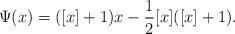
LaTeX: \begin{align*}\Psi (x)=([x]+1)x-\frac{1}{2}[x]([x]+1).\end{align*}